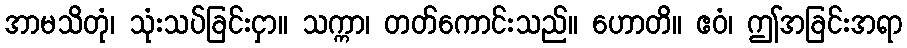
အာမသိတုံ၊ သုံးသပ်ခြင်းငှာ။ သက္ကာ၊ တတ်ကောင်းသည်။ ဟောတိ။ ဧဝံ၊ ဤအခြင်းအရာ